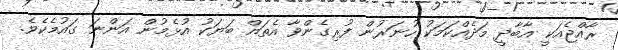
ރާއްޖެއަކީ އާބާދީ މަދެއްކަމަކު ހުނަރުން ފުރިގެންވާ އެތައް ބަޔަކު އުޅެމުން އަންނަ ގައުމެކެވެ.